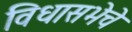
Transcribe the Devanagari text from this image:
विधासभेचे